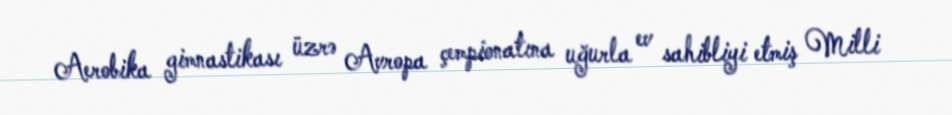
Aerobika gimnastikası üzrə Avropa çempionatına uğurla ev sahibliyi etmiş Milli